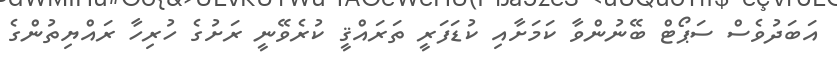
އަބަދުވެސް ސަޕޯޓް ބޭނުންވާ ކަމަށާއި ކުޑަފަރީ ތަރައްޤީ ކުރެވޭނީ ރަށުގެ ހުރިހާ ރައްޔިތުންގެ